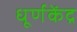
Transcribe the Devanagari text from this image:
धूर्णकेंद्र